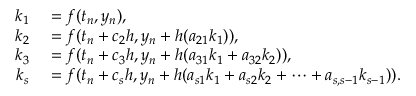
\begin{array} { r l } { k _ { 1 } } & { { } = f ( t _ { n } , y _ { n } ) , } \\ { k _ { 2 } } & { { } = f ( t _ { n } + c _ { 2 } h , y _ { n } + h ( a _ { 2 1 } k _ { 1 } ) ) , } \\ { k _ { 3 } } & { { } = f ( t _ { n } + c _ { 3 } h , y _ { n } + h ( a _ { 3 1 } k _ { 1 } + a _ { 3 2 } k _ { 2 } ) ) , } \\ { k _ { s } } & { { } = f ( t _ { n } + c _ { s } h , y _ { n } + h ( a _ { s 1 } k _ { 1 } + a _ { s 2 } k _ { 2 } + \cdots + a _ { s , s - 1 } k _ { s - 1 } ) ) . } \end{array}